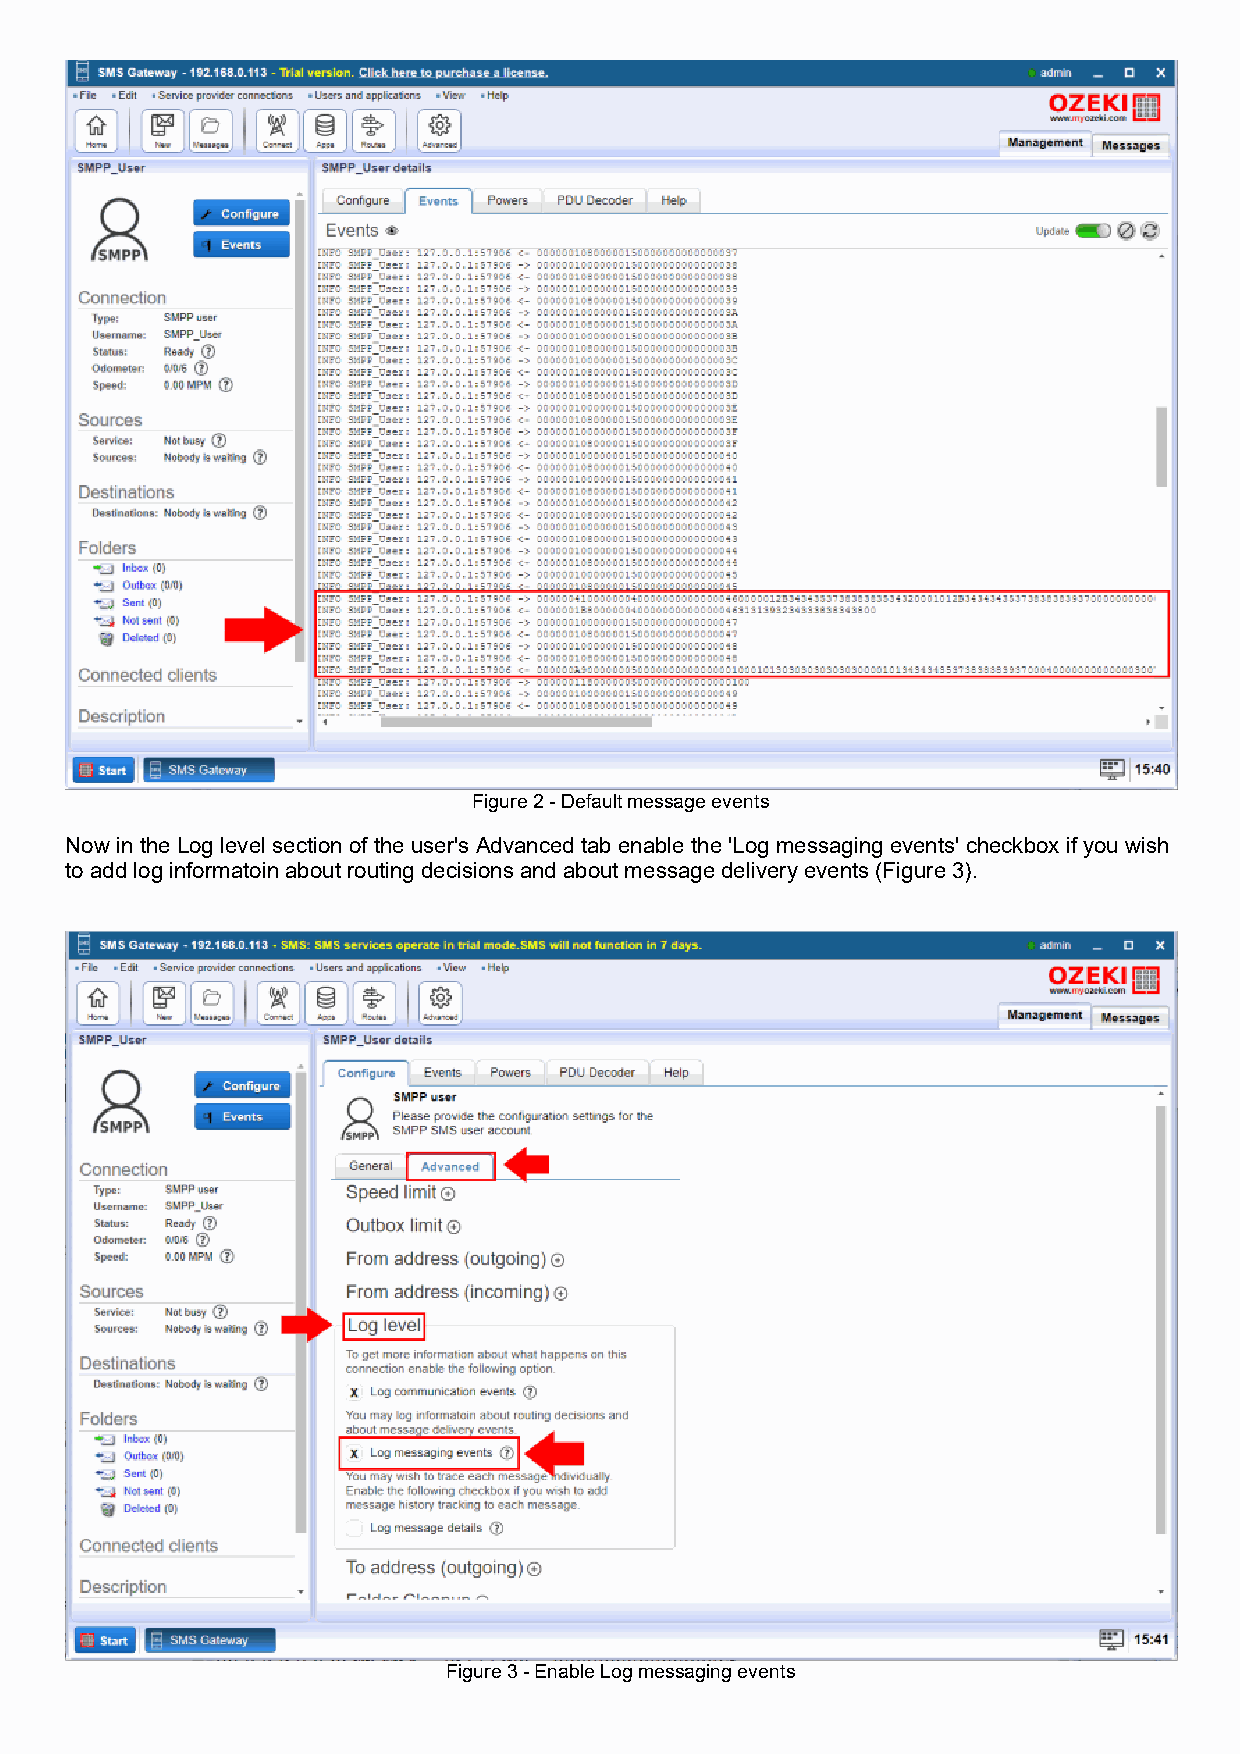
Figure 2 - Default message events
 Now in the Log level section of the user's Advanced tab enable the 'Log messaging events' checkbox if you wish
 to add log informatoin about routing decisions and about message delivery events (Figure 3).
 Figure 3 - Enable Log messaging events